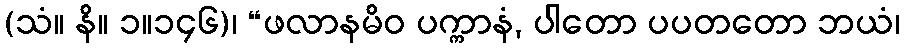
(သံ။ နိ။ ၁။၁၄၆)၊ “ဖလာနမိဝ ပက္ကာနံ, ပါတော ပပတတော ဘယံ၊